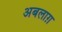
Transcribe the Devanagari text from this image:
अबलाग़